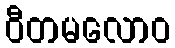
ဝီတမလောဝ